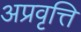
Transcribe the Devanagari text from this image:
अप्रवृत्ति